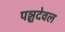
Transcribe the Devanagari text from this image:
पञ्चदेवल